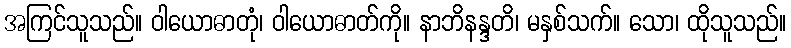
အကြင်သူသည်။ ဝါယောဓာတုံ၊ ဝါယောဓာတ်ကို။ နာဘိနန္ဒတိ၊ မနှစ်သက်။ သော၊ ထိုသူသည်။